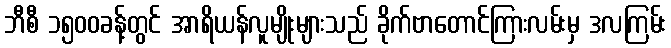
ဘီစီ ၁၅၀၀ခန့်တွင် အာရိယန်လူမျိုးများသည် ခိုက်ဗာတောင်ကြားလမ်းမှ ဒလကြမ်း